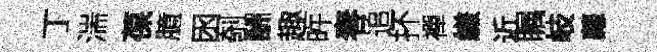
丁湍葆臆囦剞酬趣旿春追抔襌縑近瞩岐蘿